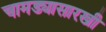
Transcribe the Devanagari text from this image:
चामड्यासारखी